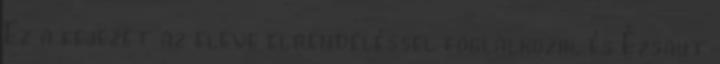
Ez a fejezet az eleve elrendeléssel foglalkozik, és Ézsaut